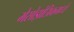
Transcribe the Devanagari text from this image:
मेसोझोअिकमध्ये